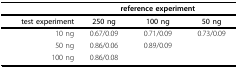
|  | <COLSPAN=3> reference experiment |
 | --- | --- | --- | --- |
 | test experiment | 250 ng | 100 ng | 50 ng |
 | 10 ng | 0.67/0.09 | 0.71/0.09 | 0.73/0.09 |
 | 50 ng | 0.86/0.06 | 0.89/0.09 |  |
 | 100 ng | 0.86/0.08 |  |  |